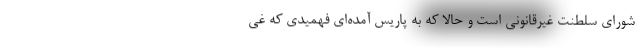
شورای سلطنت غیرقانونی است و حالا که به پاریس آمده‌ای فهمیدی که غی